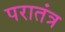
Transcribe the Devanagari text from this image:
परातंत्र